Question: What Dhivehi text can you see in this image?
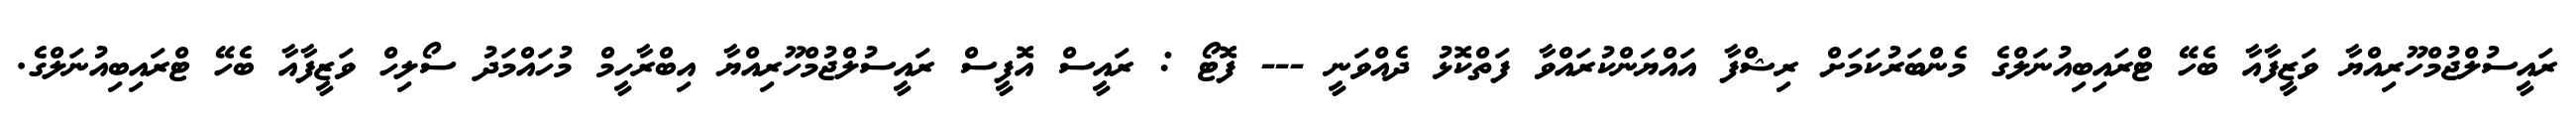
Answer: ރައީސުލްޖުމްހޫރިއްޔާ ވަޒީފާއާ ބެހޭ ޓްރައިބިއުނަލްގެ މެންބަރުކަމަށް ރިޝްފާ އައްޔަންކުރައްވާ ފަތްކޮޅު ދެއްވަނީ --- ފޮޓޯ : ރައީސް އޮފީސް ރައީސުލްޖުމްހޫރިއްޔާ އިބްރާހީމް މުހައްމަދު ސޯލިހް ވަޒީފާއާ ބެހޭ ޓްރައިބިއުނަލްގެ.